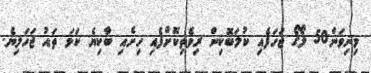
މިނިވަން50 ލޯގޯ ޖަހަފެއި ކުލަބޮކިން ރިވެތިކޮށްފެއި ހިށެއި ބާކިޔެ ކަޅަ ތައު ޖަހަލިޔެ.